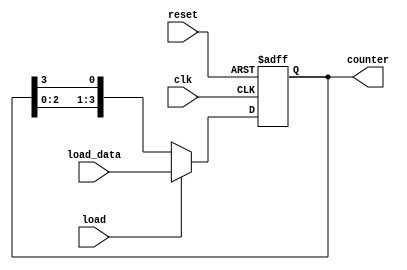
module LoadableRingCounter (
    input wire clk,             // Clock signal
    input wire reset,           // Asynchronous reset signal
    input wire load,            // Load control signal
    input wire [N-1:0] load_data, // Parallel input data to load
    output reg [N-1:0] counter  // Output of the ring counter
);
    parameter N = 4;            // Number of bits in the counter

    always @(posedge clk or posedge reset) begin
        if (reset) begin
            // Reset the counter to 0
            counter <= 0;
        end else if (load) begin
            // Load the specified value into the counter
            counter <= load_data;
        end else begin
            // Shift in counting mode: ring counter operation
            counter <= {counter[N-2:0], counter[N-1]};
        end
    end
endmodule